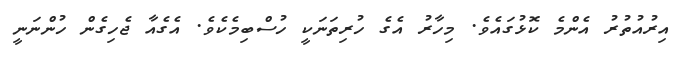
އިރުއުތުރު އެންމެ ކޮޅުގައެވެ. މިހާރު އެގެ ހުރިތަނަކީ ހުސްބިމެކެވެ. އެގެއާ ޖެހިގެން ހުންނަނީ